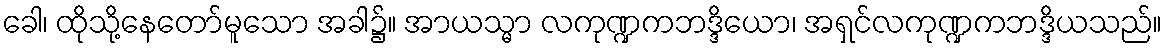
ခေါ၊ ထိုသို့နေတော်မူသော အခါ၌။ အာယသ္မာ လကုဏ္ဍကဘဒ္ဒိယော၊ အရှင်လကုဏ္ဍကဘဒ္ဒိယသည်။